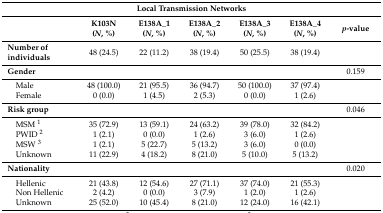
<table><thead><tr><td colspan="7"><b>Local Transmission Networks</b></td></tr><tr><td></td><td><b>K103N (<i>N</i>, %)</b></td><td><b>E138A_1 (<i>N</i>, %)</b></td><td><b>E138A_2 (<i>N</i>, %)</b></td><td><b>E138A_3 (<i>N</i>, %)</b></td><td><b>E138A_4 (<i>N</i>, %)</b></td><td><b><i>p</i>-value</b></td></tr></thead><tbody><tr><td><b>Number of individuals</b></td><td>48 (24.5)</td><td>22 (11.2)</td><td>38 (19.4)</td><td>50 (25.5)</td><td>38 (19.4)</td><td></td></tr><tr><td><b>Gender</b></td><td></td><td></td><td></td><td></td><td></td><td>0.159</td></tr><tr><td> Male</td><td>48 (100.0)</td><td>21 (95.5)</td><td>36 (94.7)</td><td>50 (100.0)</td><td>37 (97.4)</td><td></td></tr><tr><td> Female</td><td>0 (0.0)</td><td>1 (4.5)</td><td>2 (5.3)</td><td>0 (0.0)</td><td>1 (2.6)</td><td></td></tr><tr><td><b>Risk group</b></td><td></td><td></td><td></td><td></td><td></td><td>0.046</td></tr><tr><td> MSM <sup>1</sup></td><td>35 (72.9)</td><td>13 (59.1)</td><td>24 (63.2)</td><td>39 (78.0)</td><td>32 (84.2)</td><td></td></tr><tr><td> PWID <sup>2</sup></td><td>1 (2.1)</td><td>0 (0.0)</td><td>1 (2.6)</td><td>3 (6.0)</td><td>1 (2.6)</td><td></td></tr><tr><td> MSW <sup>3</sup></td><td>1 (2.1)</td><td>5 (22.7)</td><td>5 (13.2)</td><td>3 (6.0)</td><td>0 (0.0)</td><td></td></tr><tr><td> Unknown</td><td>11 (22.9)</td><td>4 (18.2)</td><td>8 (21.0)</td><td>5 (10.0)</td><td>5 (13.2)</td><td></td></tr><tr><td><b>Nationality</b></td><td></td><td></td><td></td><td></td><td></td><td>0.020</td></tr><tr><td> Hellenic</td><td>21 (43.8)</td><td>12 (54.6)</td><td>27 (71.1)</td><td>37 (74.0)</td><td>21 (55.3)</td><td></td></tr><tr><td> Non Hellenic</td><td>2 (4.2)</td><td>0 (0.0)</td><td>3 (7.9)</td><td>1 (2.0)</td><td>1 (2.6)</td><td></td></tr><tr><td> Unknown</td><td>25 (52.0)</td><td>10 (45.4)</td><td>8 (21.0)</td><td>12 (24.0)</td><td>16 (42.1)</td><td></td></tr></tbody></table>